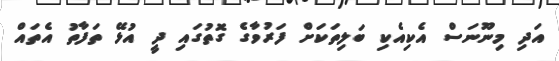
އަދި މިނޫނަސް އެކިއެކި ބަލިތަކަށް ފަރުވާގެ ގޮތުގައި ދީ އުޅޭ ތަފާތު އެތައް